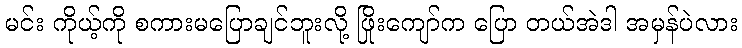
မင်း ကိုယ့်ကို စကားမပြောချင်ဘူးလို့ ဖြိုးကျော်က ပြော တယ်အဲဒါ အမှန်ပဲလား